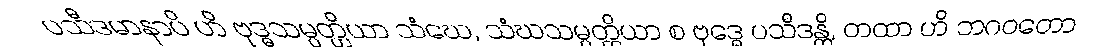
ပသီဒမာနာပိ ဟိ ဗုဒ္ဓသမ္ပတ္တိယာ သံဃေ, သံဃသမ္ပတ္တိယာ စ ဗုဒ္ဓေ ပသီဒန္တိ, တထာ ဟိ ဘဂဝတော